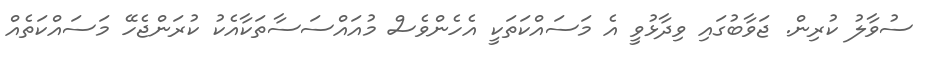
ސުވާލު ކުރިން. ޖަވާބުގައި ވިދާޅުވީ އެ މަސައްކަތަކީ އެހެންވެސް މުއައްސަސާތަކާއެކު ކުރަންޖެހޭ މަސައްކަތެއް